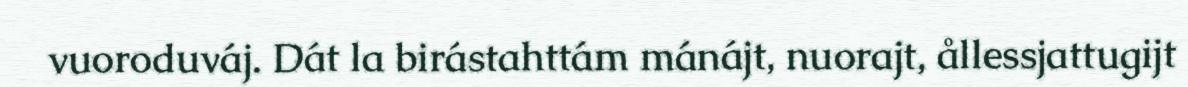
vuoroduváj. Dát la birástahttám mánájt, nuorajt, ållessjattugijt